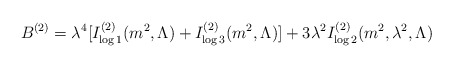
\begin{align*}B^{(2)}=\lambda ^{4}[I_{\log 1}^{(2)}(m^{2},\Lambda )+I_{\log3}^{(2)}(m^{2},\Lambda )]+3\lambda ^{2}I_{\log 2}^{(2)}(m^{2},\lambda^{2},\Lambda ) \end{align*}